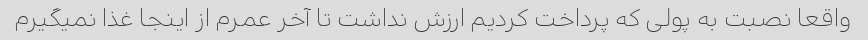
واقعا نصبت به پولی که پرداخت کردیم ارزش نداشت تا آخر عمرم از اینجا غذا نمیگیرم